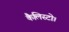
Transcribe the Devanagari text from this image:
कैलिस्टो।